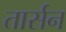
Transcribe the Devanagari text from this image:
तार्सन